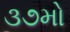
૩૭મો